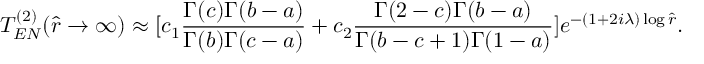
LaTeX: T _ { E N } ^ { ( 2 ) } ( \hat { r } \rightarrow \infty ) \approx [ c _ { 1 } \frac { \Gamma ( c ) \Gamma ( b - a ) } { \Gamma ( b ) \Gamma ( c - a ) } + c _ { 2 } \frac { \Gamma ( 2 - c ) \Gamma ( b - a ) } { \Gamma ( b - c + 1 ) \Gamma ( 1 - a ) } ] e ^ { - ( 1 + 2 i \lambda ) \log \hat { r } } .